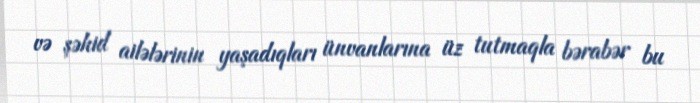
və şəhid ailələrinin yaşadıqları ünvanlarına üz tutmaqla bərabər bu